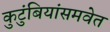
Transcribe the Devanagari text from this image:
कुटुंबियांसमवेत